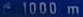
^41000~m